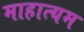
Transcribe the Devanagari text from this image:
माहात्यम